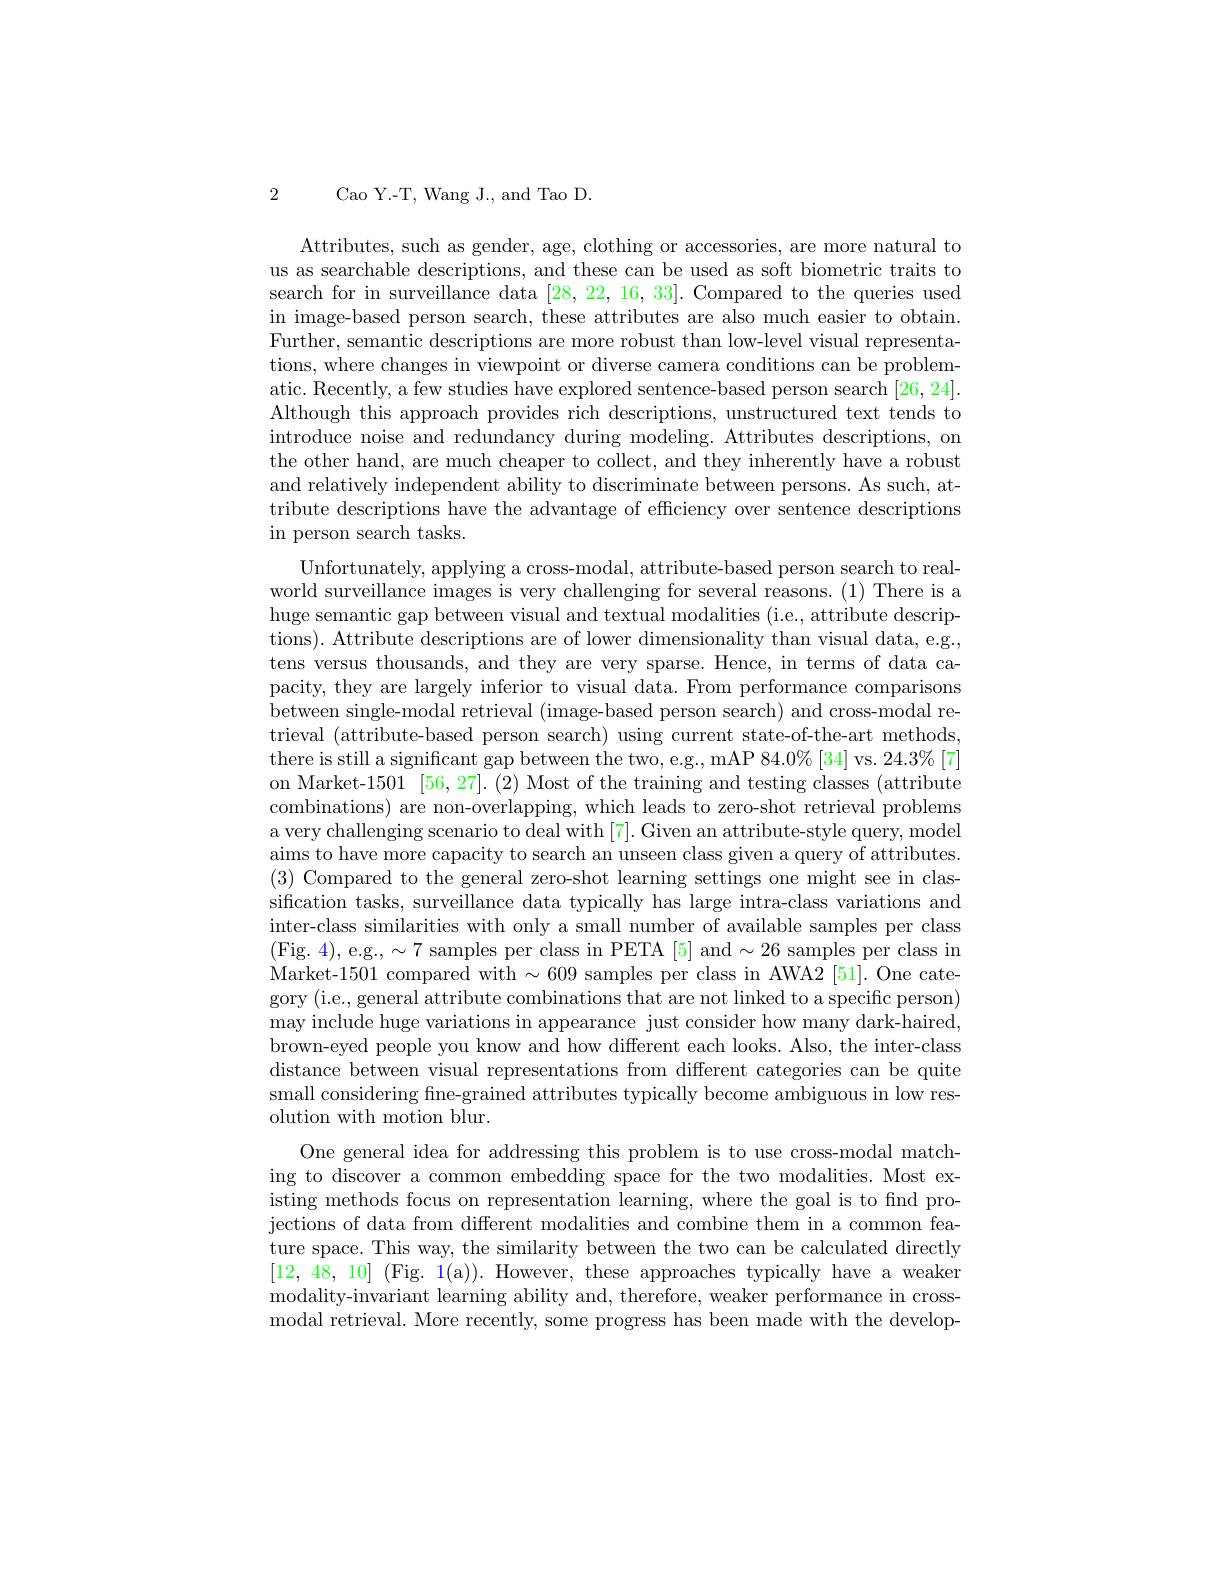
Cao Y.-T, Wang J., and Tao D.

2

Attributes, such as gender, age, clothing or accessories, are more natural to us as searchable descriptions, and these can be used as soft biometric traits to search for in surveillance data [28,22,16,33]. Compared to the queries used in image-based person search, these attributes are also much easier to obtain. Further, semantic descriptions are more robust than low-level visual representations, where changes in viewpoint or diverse camera conditions can be problematic. Recently, a few studies have explored sentence-based person search [26, 24]. Although this approach provides rich descriptions, unstructured text tends to introduce noise and redundancy during modeling. Attributes descriptions, on the other hand, are much cheaper to collect, and they inherently have a robust and relatively independent ability to discriminate between persons. As such, attribute descriptions have the advantage of efficiency over sentence descriptions in person search tasks.

Unfortunately, applying a cross-modal, attribute-based person search to realworld surveillance images is very challenging for several reasons.(1) There is a huge semantic gap between visual and textual modalities (i.e., attribute descriptions). Attribute descriptions are of lower dimensionality than visual data, e.g., tens versus thousands, and they are very sparse. Hence, in terms of data capacity, they are largely inferior to visual data. From performance comparisons between single-modal retrieval (image-based person search) and cross-modal retrieval (attribute-based person search) using current state-of-the-art methods, there is still a significant gap between the two, e.g., mAP 84.0%[34] vs. 24.3%[7] on Market-1501 [56, 27].(2) Most of the training and testing classes (attribute combinations) are non-overlapping, which leads to zero-shot retrieval problems a very challenging scenario to deal with [7]. Given an attribute-style query, model aims to have more capacity to search an unseen class given a query of attributes. (3) Compared to the general zero-shot learning settings one might see in classification tasks, surveillance data typically has large intra-class variations and inter-class similarities with only a small number of available samples per class (Fig. 4), e.g., $\sim7$ samples per class in PETA [5] and$\sim26$ samples per class in Market-1501 compared with $\sim609$ samples per class in AWA2 [51]. One category (i.e., general attribute combinations that are not linked to a specific person) may include huge variations in appearance just consider how many dark-haired, brown-eyed people you know and how different each looks. Also, the inter-class distance between visual representations from different categories can be quite small considering fine-grained attributes typically become ambiguous in low resolution with motion blur.
One general idea for addressing this problem is to use cross-modal matching to discover a common embedding space for the two modalities. Most existing methods focus on representation learning, where the goal is to find projections of data from different modalities and combine them in a common feature space. This way, the similarity between the two can be calculated directly [12,48,10] (Fig. 1(a)). However, these approaches typically have a weaker modality- invariant learning ability and, therefore, weaker performance in cross- modal retrieval. More recently, some progress has been made with the develop-